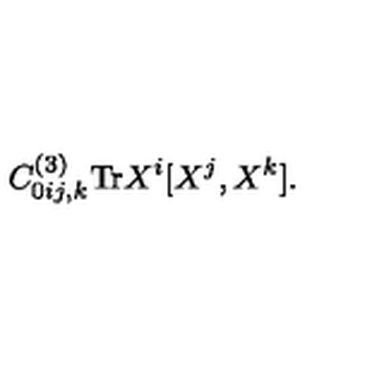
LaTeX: C _ { 0 i j , k } ^ { ( 3 ) } \mathrm { T r } X ^ { i } [ X ^ { j } , X ^ { k } ] .